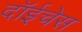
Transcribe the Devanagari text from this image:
दॉईचेस